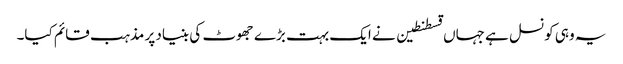
یہ وہی کونسل ہے جہاں قسطنطین نے ایک بہت بڑے جھوٹ کی بنیاد پر مذہب قائم کیا۔